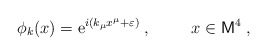
\begin{align*}\phi_k(x)=\mbox{e}^{i (k_\mu x^\mu + \varepsilon)}\;, \hspace{1cm}x \in {\sf M}^4\;, \end{align*}